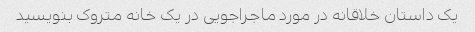
یک داستان خلاقانه در مورد ماجراجویی در یک خانه متروک بنویسید